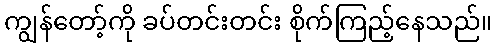
ကျွန်တော့်ကို ခပ်တင်းတင်း စိုက်ကြည့်နေသည်။